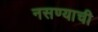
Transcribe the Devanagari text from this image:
नसण्याची